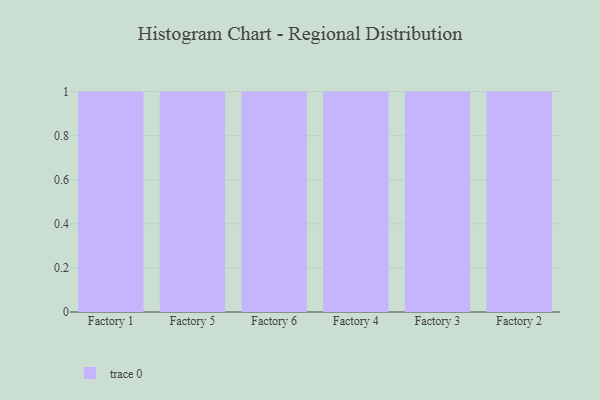
{"axis": {"x": "Factory", "y": "Budget (USD K)"}, "legend": [""], "data": [{"x": "Factory 1", "y": 45, "type": ""}, {"x": "Factory 5", "y": 61, "type": ""}, {"x": "Factory 6", "y": 53, "type": ""}, {"x": "Factory 4", "y": 96, "type": ""}, {"x": "Factory 3", "y": 52, "type": ""}, {"x": "Factory 2", "y": 35, "type": ""}]}